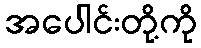
အပေါင်းတို့ကို